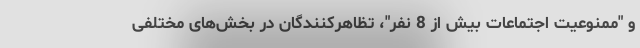
و "ممنوعیت اجتماعات بیش از 8 نفر"، تظاهرکنندگان در بخش‌های مختلفی